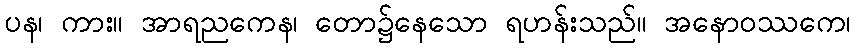
ပန၊ ကား။ အာရညကေန၊ တော၌နေသော ရဟန်းသည်။ အနောဝဿကေ၊